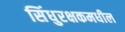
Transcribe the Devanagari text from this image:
सिंधुरक्षकमधील